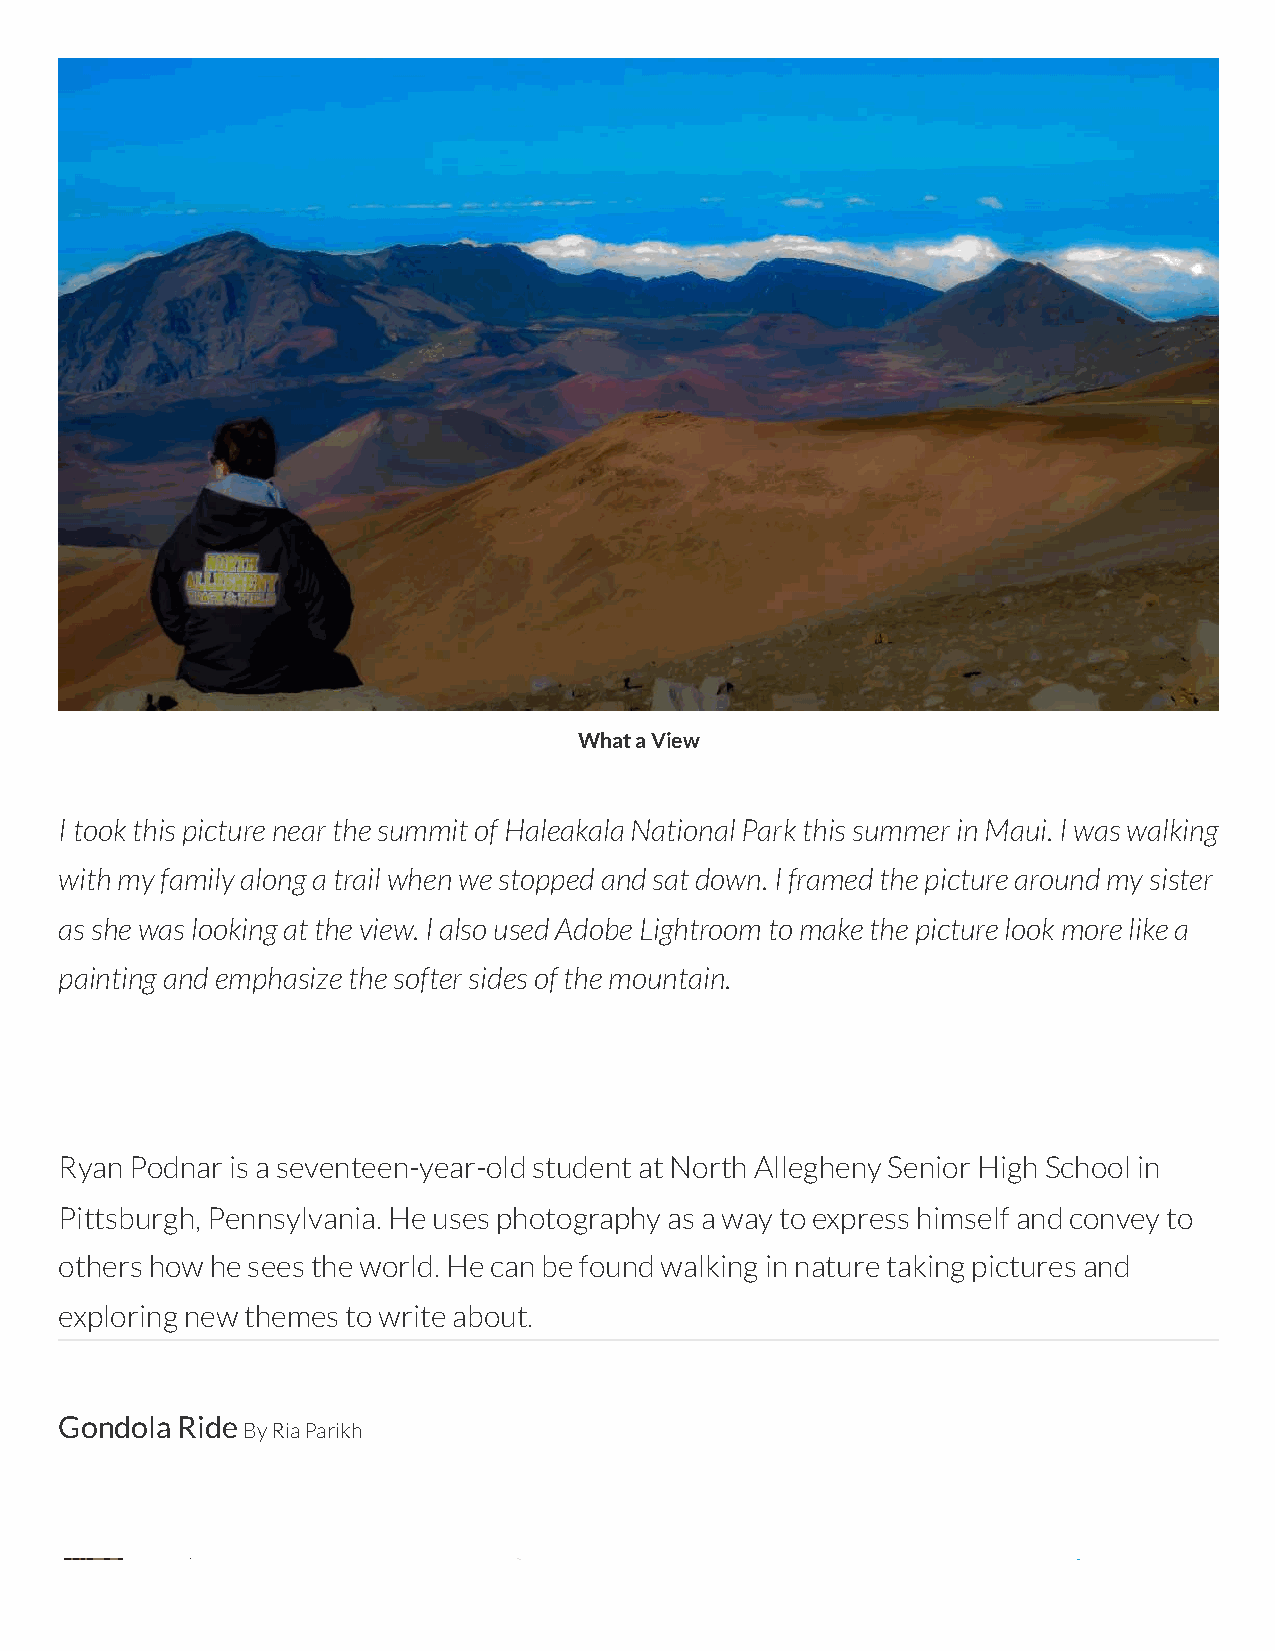
What a View
 I took this picture near the summit of Haleakala National Park this summer in Maui. I was walking
 with my family along a trail when we stopped and sat down. I framed the picture around my sister
 as she was looking at the view. I also used Adobe Lightroom to make the picture look more like a
 painting and emphasize the softer sides of the mountain.
 Ryan Podnar is a seventeen-year-old student at North Allegheny Senior High School in
 Pittsburgh, Pennsylvania. He uses photography as a way to express himself and convey to
 others how he sees the world. He can be found walking in nature taking pictures and
 exploring new themes to write about.
 Gondola Ride
 By Ria Parikh